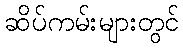
ဆိပ်ကမ်းများတွင်